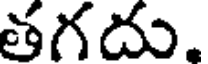
తగదు.